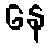
နေ